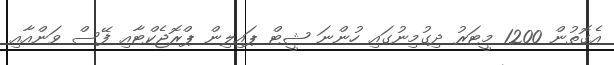
އެގޮތުން 1200 މީޓަރު ދިގުމިނުގައި ހުންނަ ޝީޓް ޕައިލިން ޕްރޮޖެކްޓާއި ފޭސް ވަންއާއި